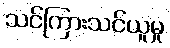
သင်ကြားသင်ယူမှု